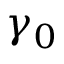
\gamma _ { 0 }